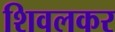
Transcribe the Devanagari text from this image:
शिवलकर